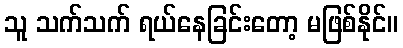
သူ သက်သက် ရယ်နေခြင်းတော့ မဖြစ်နိုင်။